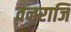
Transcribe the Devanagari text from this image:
वनराजि